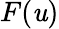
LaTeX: F(\mathit{u})